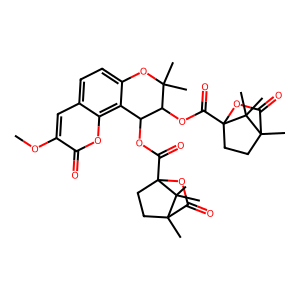
SMILES: COc1cc2ccc3c(c2oc1=O)C(OC(=O)C12CCC(C)(C(=O)O1)C2(C)C)C(OC(=O)C12CCC(C)(C(=O)O1)C2(C)C)C(C)(C)O3
Inhibits HIV replication: Yes